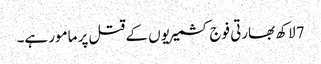
7 لاکھ بھارتی فوج کشمیریوں کے قتل پر مامور ہے۔